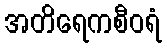
အတိရေကစီဝရံ